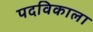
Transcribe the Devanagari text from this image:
पदविकाला